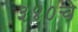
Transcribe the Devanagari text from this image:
३४०चे